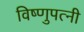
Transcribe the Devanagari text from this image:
विष्णुपत्नी